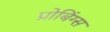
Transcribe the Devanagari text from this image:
प्रोबिंग्स